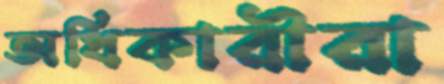
অধিকারীরা